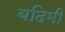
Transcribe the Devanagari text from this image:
बदिमी